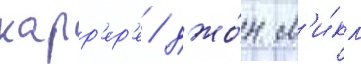
карр'ер'е / джо́н м'и́кл